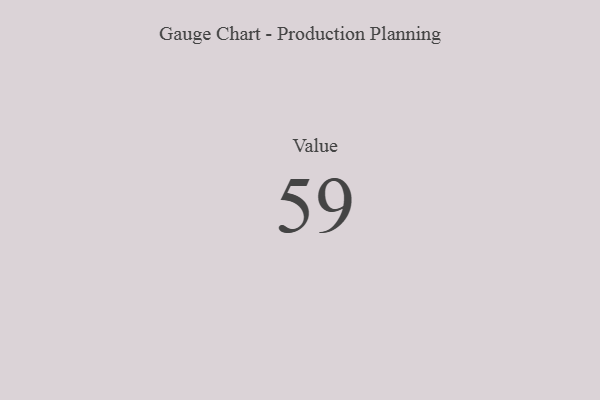
{"axis": {"x": "Metric", "y": "Value"}, "legend": [""], "data": [{"x": "Value", "y": 59, "type": ""}]}